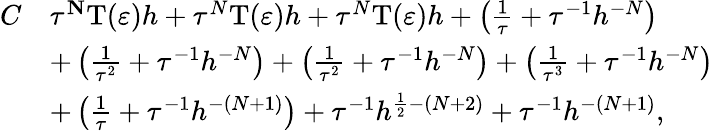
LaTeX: \begin{array}{rl}{C}&{\le{{\tau^{N}}}\mathrm T(\varepsilon)h+{{\tau^{N}}}\mathrm T(\varepsilon)h+{{\tau^{N}}}\mathrm T(\varepsilon)h+\left({\frac{1}{{\tau}}}+{\tau^{-1}}{h^{-N}}\right)}\\ &{+\left({\frac{1}{{\tau^{2}}}}+{\tau^{-1}}{h^{-N}}\right)+\left({\frac{1}{{\tau^{2}}}}+{\tau^{-1}}{h^{-N}}\right)+\left({\frac{1}{{\tau^{3}}}}+{\tau^{-1}}{h^{-N}}\right)}\\ &{+\left({\frac{1}{{\tau}}}+{\tau^{-1}}{h^{-(N+1)}}\right)+{\tau^{-1}}{h^{{\frac{1}{2}}-(N+2)}}+{\tau^{-1}}{h^{-(N+1)}},}\end{array}